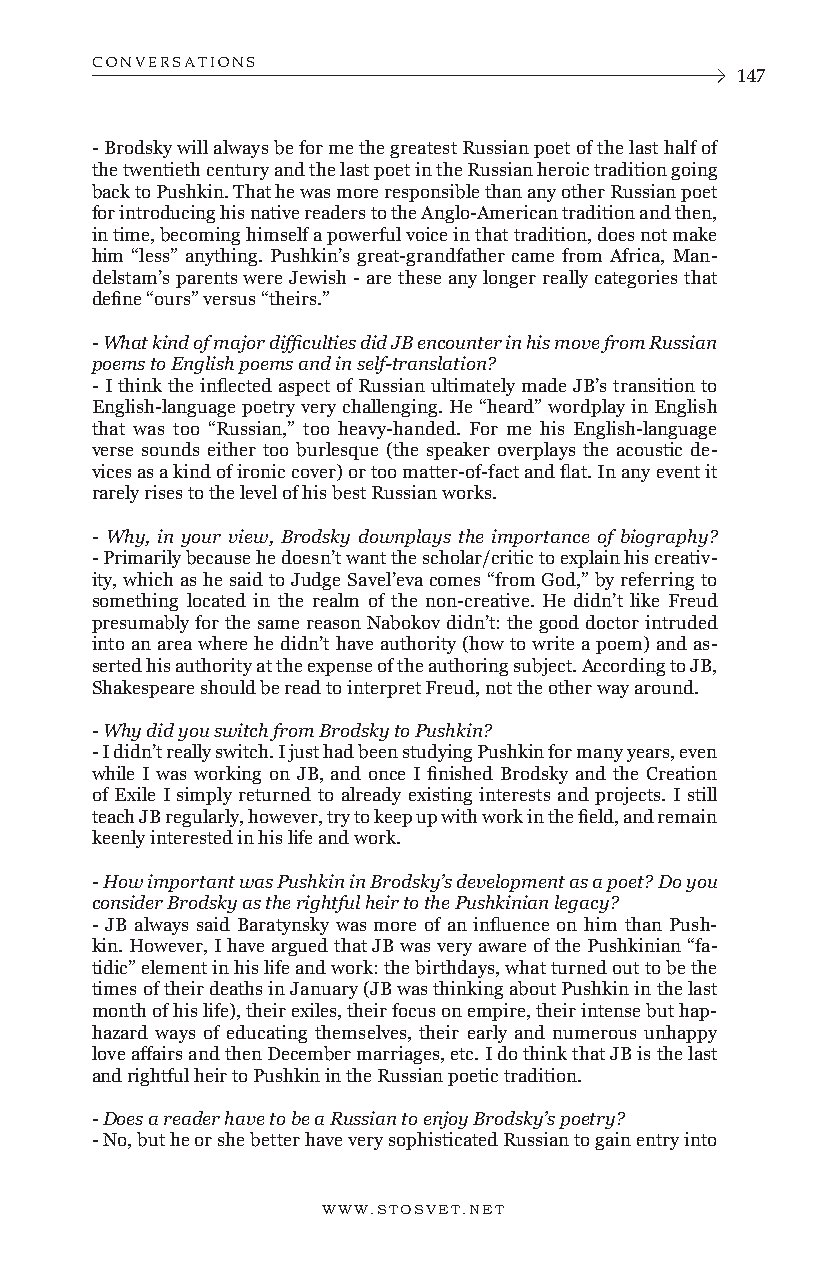
CONVERSATIONS
 147
 - Brodsky will always be for me the greatest Russian poet of the last half of
 the twentieth century and the last poet in the Russian heroic tradition going
 back to Pushkin. That he was more responsible than any other Russian poet
 for introducing his native readers to the Anglo-American tradition and then,
 in time, becoming himself a powerful voice in that tradition, does not make
 him “less” anything. Pushkin’s great-grandfather came from Africa, Man-
 delstam’s parents were Jewish - are these any longer really categories that
 define “ours” versus “theirs.”
 - What kind of major difficulties did JB encounter in his move from Russian
 poems to English poems and in self-translation?
 - I think the inflected aspect of Russian ultimately made JB’s transition to
 English-language poetry very challenging. He “heard” wordplay in English
 that was too “Russian,” too heavy-handed. For me his English-language
 verse sounds either too burlesque (the speaker overplays the acoustic de-
 vices as a kind of ironic cover) or too matter-of-fact and flat. In any event it
 rarely rises to the level of his best Russian works.
 - Why, in your view, Brodsky downplays the importance of biography?
 - Primarily because he doesn’t want the scholar/critic to explain his creativ-
 ity, which as he said to Judge Savel’eva comes “from God,” by referring to
 something located in the realm of the non-creative. He didn’t like Freud
 presumably for the same reason Nabokov didn’t: the good doctor intruded
 into an area where he didn’t have authority (how to write a poem) and as-
 serted his authority at the expense of the authoring subject. According to JB,
 Shakespeare should be read to interpret Freud, not the other way around.
 - Why did you switch from Brodsky to Pushkin?
 - I didn’t really switch. I just had been studying Pushkin for many years, even
 while I was working on JB, and once I finished Brodsky and the Creation
 of Exile I simply returned to already existing interests and projects. I still
 teach JB regularly, however, try to keep up with work in the field, and remain
 keenly interested in his life and work.
 - How important was Pushkin in Brodsky’s development as a poet? Do you
 consider Brodsky as the rightful heir to the Pushkinian legacy?
 - JB always said Baratynsky was more of an influence on him than Push-
 kin. However, I have argued that JB was very aware of the Pushkinian “fa-
 tidic” element in his life and work: the birthdays, what turned out to be the
 times of their deaths in January (JB was thinking about Pushkin in the last
 month of his life), their exiles, their focus on empire, their intense but hap-
 hazard ways of educating themselves, their early and numerous unhappy
 love affairs and then December marriages, etc. I do think that JB is the last
 and rightful heir to Pushkin in the Russian poetic tradition.
 - Does a reader have to be a Russian to enjoy Brodsky’s poetry?
 - No, but he or she better have very sophisticated Russian to gain entry into
 WWW.STOSVET.NET      WWW.STOSVET.NET